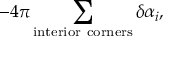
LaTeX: - 4 \pi \sum _ { \mathrm { i n t e r i o r ~ c o r n e r s } } \delta \alpha _ { i } ,